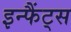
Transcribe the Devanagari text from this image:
इन्फैंट्स